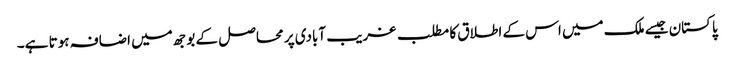
پاکستان جیسے ملک میں اس کے اطلاق کا مطلب غریب آبادی پر محاصل کے بوجھ میں اضافہ ہوتا ہے۔